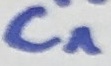
Text: C1